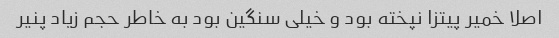
اصلا خمیر پیتزا نپخته بود و خیلی سنگین بود به خاطر حجم زیاد پنیر